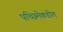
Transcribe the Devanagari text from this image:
पच्छिमेकडील